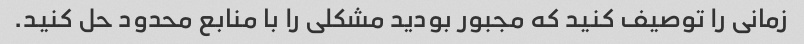
زمانی را توصیف کنید که مجبور بودید مشکلی را با منابع محدود حل کنید.